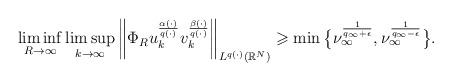
LaTeX: \begin{align*} \liminf_{R\to \infty}\limsup_{k\to \infty} \bigg\|\Phi_{R}u_{k}^{\frac{\alpha(\cdot)}{q(\cdot)}}v_{k}^{\frac{\beta(\cdot)}{q(\cdot)}}\bigg\|_{L^{q(\cdot)}(\mathbb{R}^{N})} \geqslant \min \big\{ \nu_{\infty}^{\frac{1}{q_{\infty}+\epsilon}}, \nu_{\infty}^{\frac{1}{q_{\infty}-\epsilon}}\big\}. \end{align*}